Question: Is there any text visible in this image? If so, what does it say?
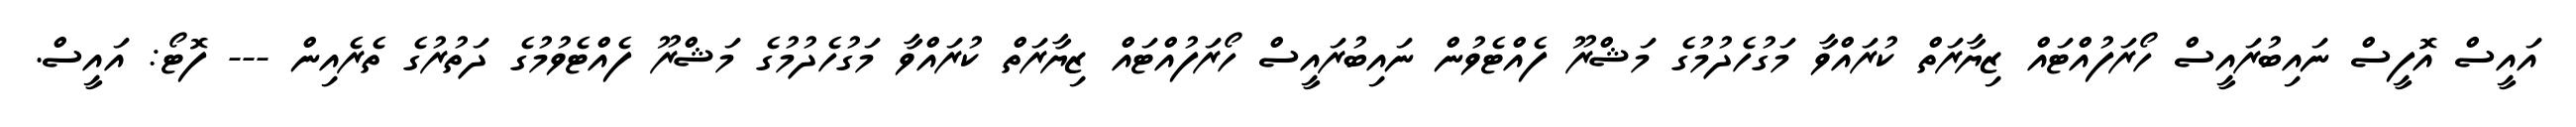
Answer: އައީސް އޮފީސް ނައިބުރައީސް ހޯރަފުއްޓައް ޒިޔާރަތް ކުރައްވާ މަގުހެދުމުގެ މަޝްރޫ ފެއްޓެވުން ނައިބުރައީސް ހޯރަފުއްޓައް ޒިޔާރަތް ކުރައްވާ މަގުހެދުމުގެ މަޝްރޫ ފެއްޓެވުމުގެ ދަތުރުގެ ތެރެއިން --- ފޮޓޯ: އައީސް.